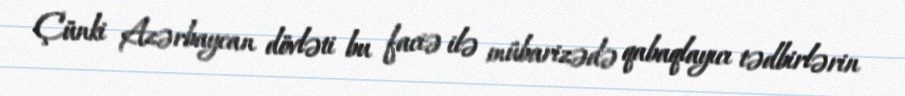
Çünki Azərbaycan dövləti bu faciə ilə mübarizədə qabaqlayıcı tədbirlərin